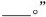
___。”